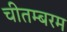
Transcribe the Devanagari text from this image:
चीतम्बरम